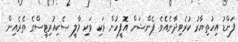
ފަންޑު އިހުތިޔާރު ކުރެވިދާނެއެވެ. ޕެންޝަން އޮފީހުން ވަކި ވަކި މާލީ ސެކިއުރިޓީސްގެ ތެރެއިން